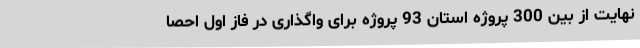
نهایت از بین 300 پروژه استان 93 پروژه برای واگذاری در فاز اول احصا